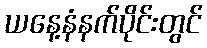
ယနေ့နံနက်ပိုင်းတွင်